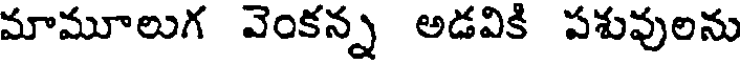
మామూలుగ వెంకన్న అడవికి పశువులను